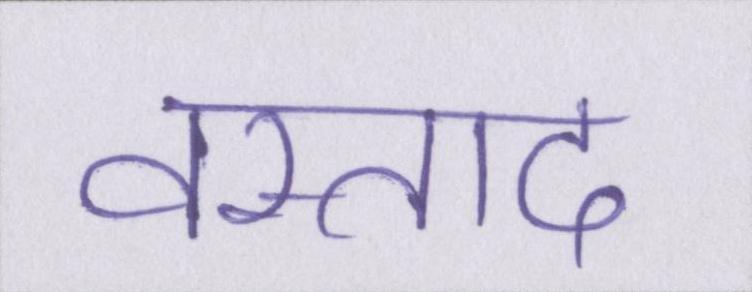
वस्ताद